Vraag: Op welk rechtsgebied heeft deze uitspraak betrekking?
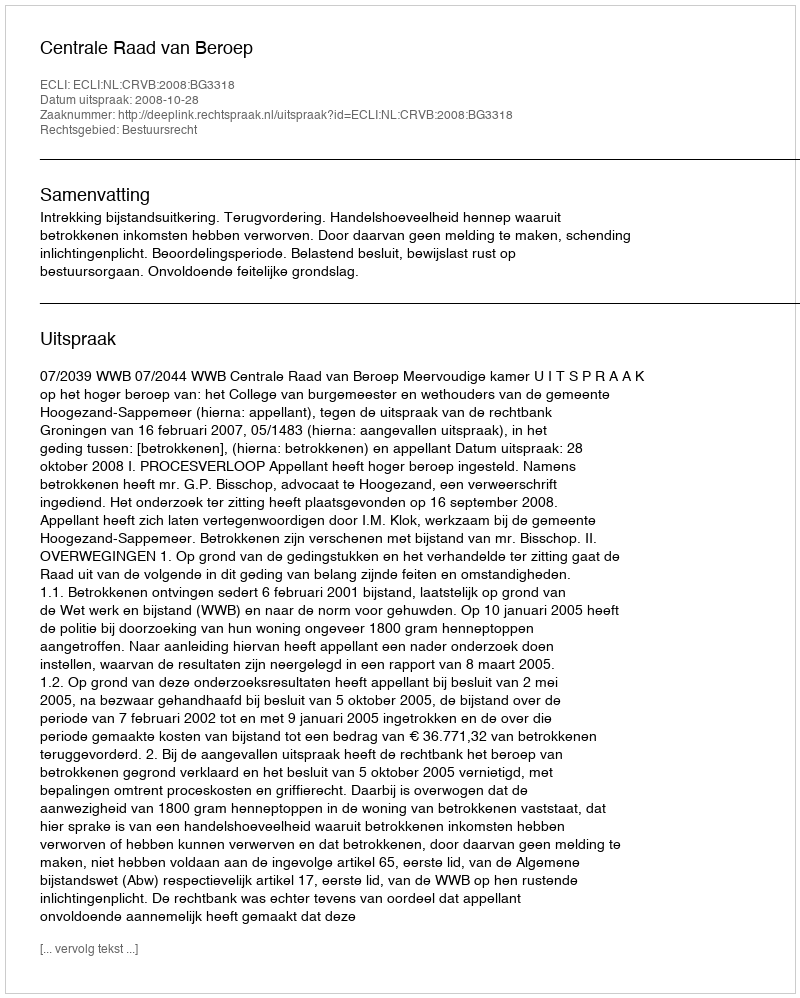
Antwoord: Bestuursrecht